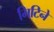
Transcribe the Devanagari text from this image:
मिटिने